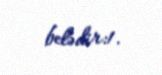
belədir:1.